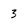
Character: 3